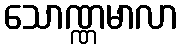
သောဏ္ဏမာလာ